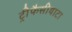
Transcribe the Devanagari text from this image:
ट्रीफैसीयाटा